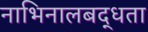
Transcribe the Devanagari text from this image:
नाभिनालबद्धता